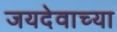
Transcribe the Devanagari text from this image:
जयदेवाच्या